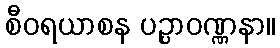
စီဝရယာစန ပဉ္ပာဝဏ္ဏနာ။